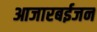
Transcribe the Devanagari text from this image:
आजारबईजन